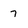
Character: 7